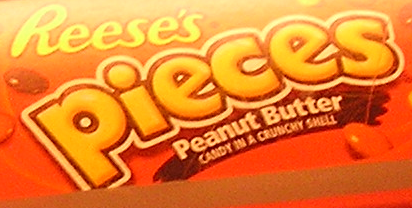
pieces